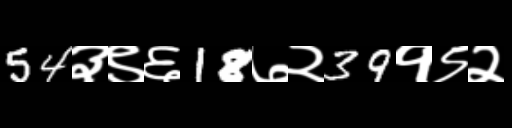
Text: 54३९६18७२39१९२